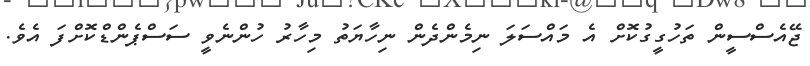
ޖޭއެސްސީން ތަހުގީގުކޮށް އެ މައްސަލަ ނިމެންދެން ނިހާޔަތު މިހާރު ހުންނެވީ ސަސްޕެންޑްކޮށްފަ އެވެ.